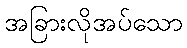
အခြားလိုအပ်သော